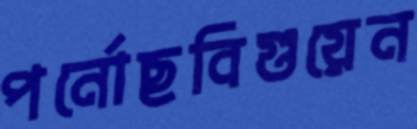
পর্নোছবিগুয়েন